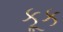
કૂક